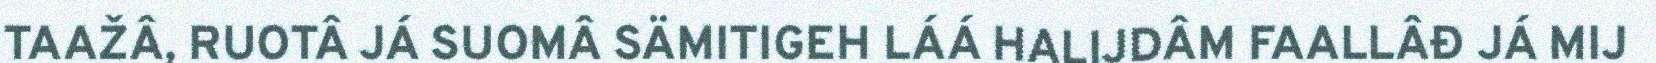
TAAŽÂ, RUOTÂ JÁ SUOMÂ SÄMITIGEH LÁÁ HALIJDÂM FAALLÂĐ JÁ MIJ